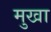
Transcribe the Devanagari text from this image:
मुखा